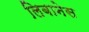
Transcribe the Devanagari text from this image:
लिबानेस